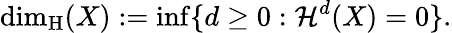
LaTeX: \dim_{\operatorname{H}}(X):=\operatorname*{inf}\{ d\geq 0:{\mathcal{H}}^{d}(X)=0\} .